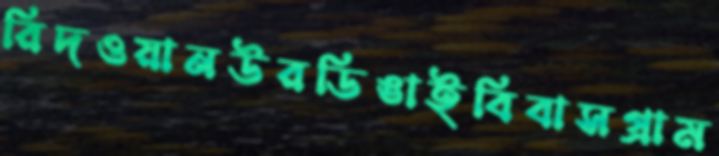
রিদওয়ানউরডিঙাইবিবাসগ্রাম